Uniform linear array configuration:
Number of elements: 16
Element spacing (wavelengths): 0.25
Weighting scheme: kaiser
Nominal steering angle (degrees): -45
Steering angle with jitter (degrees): -44.74
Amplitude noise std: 0.05
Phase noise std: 0.05

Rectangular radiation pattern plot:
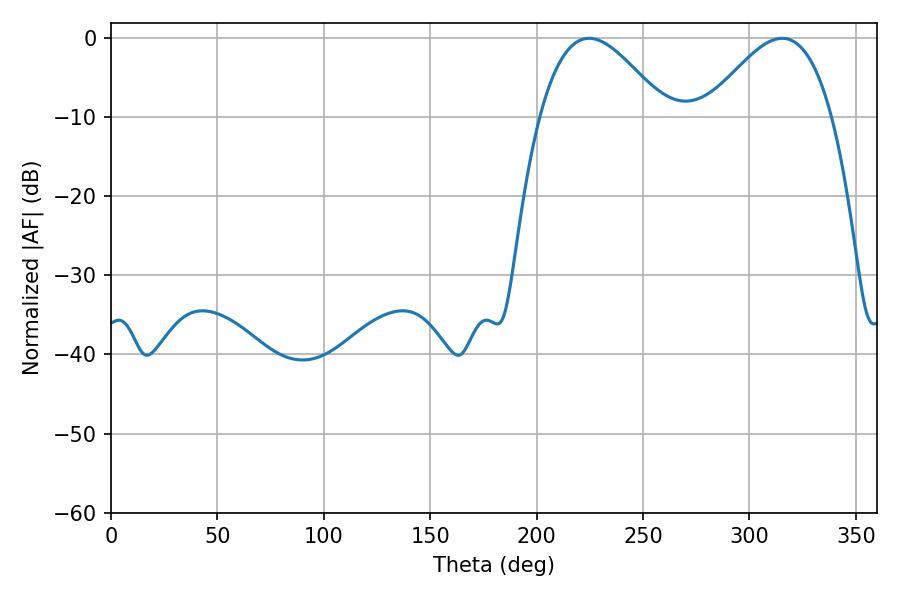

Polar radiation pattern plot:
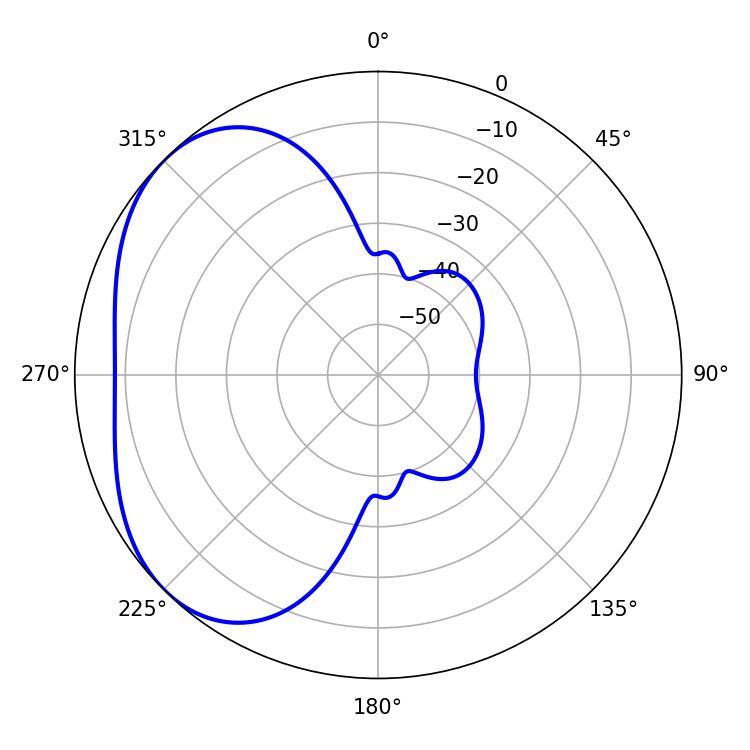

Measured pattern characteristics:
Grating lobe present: FALSE
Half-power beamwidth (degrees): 31.86
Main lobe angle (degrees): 224.64